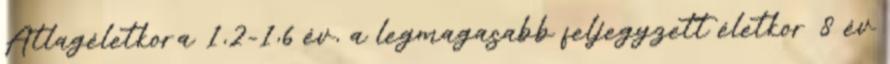
Átlagéletkora 1,2-1,6 év, a legmagasabb feljegyzett életkor 8 év